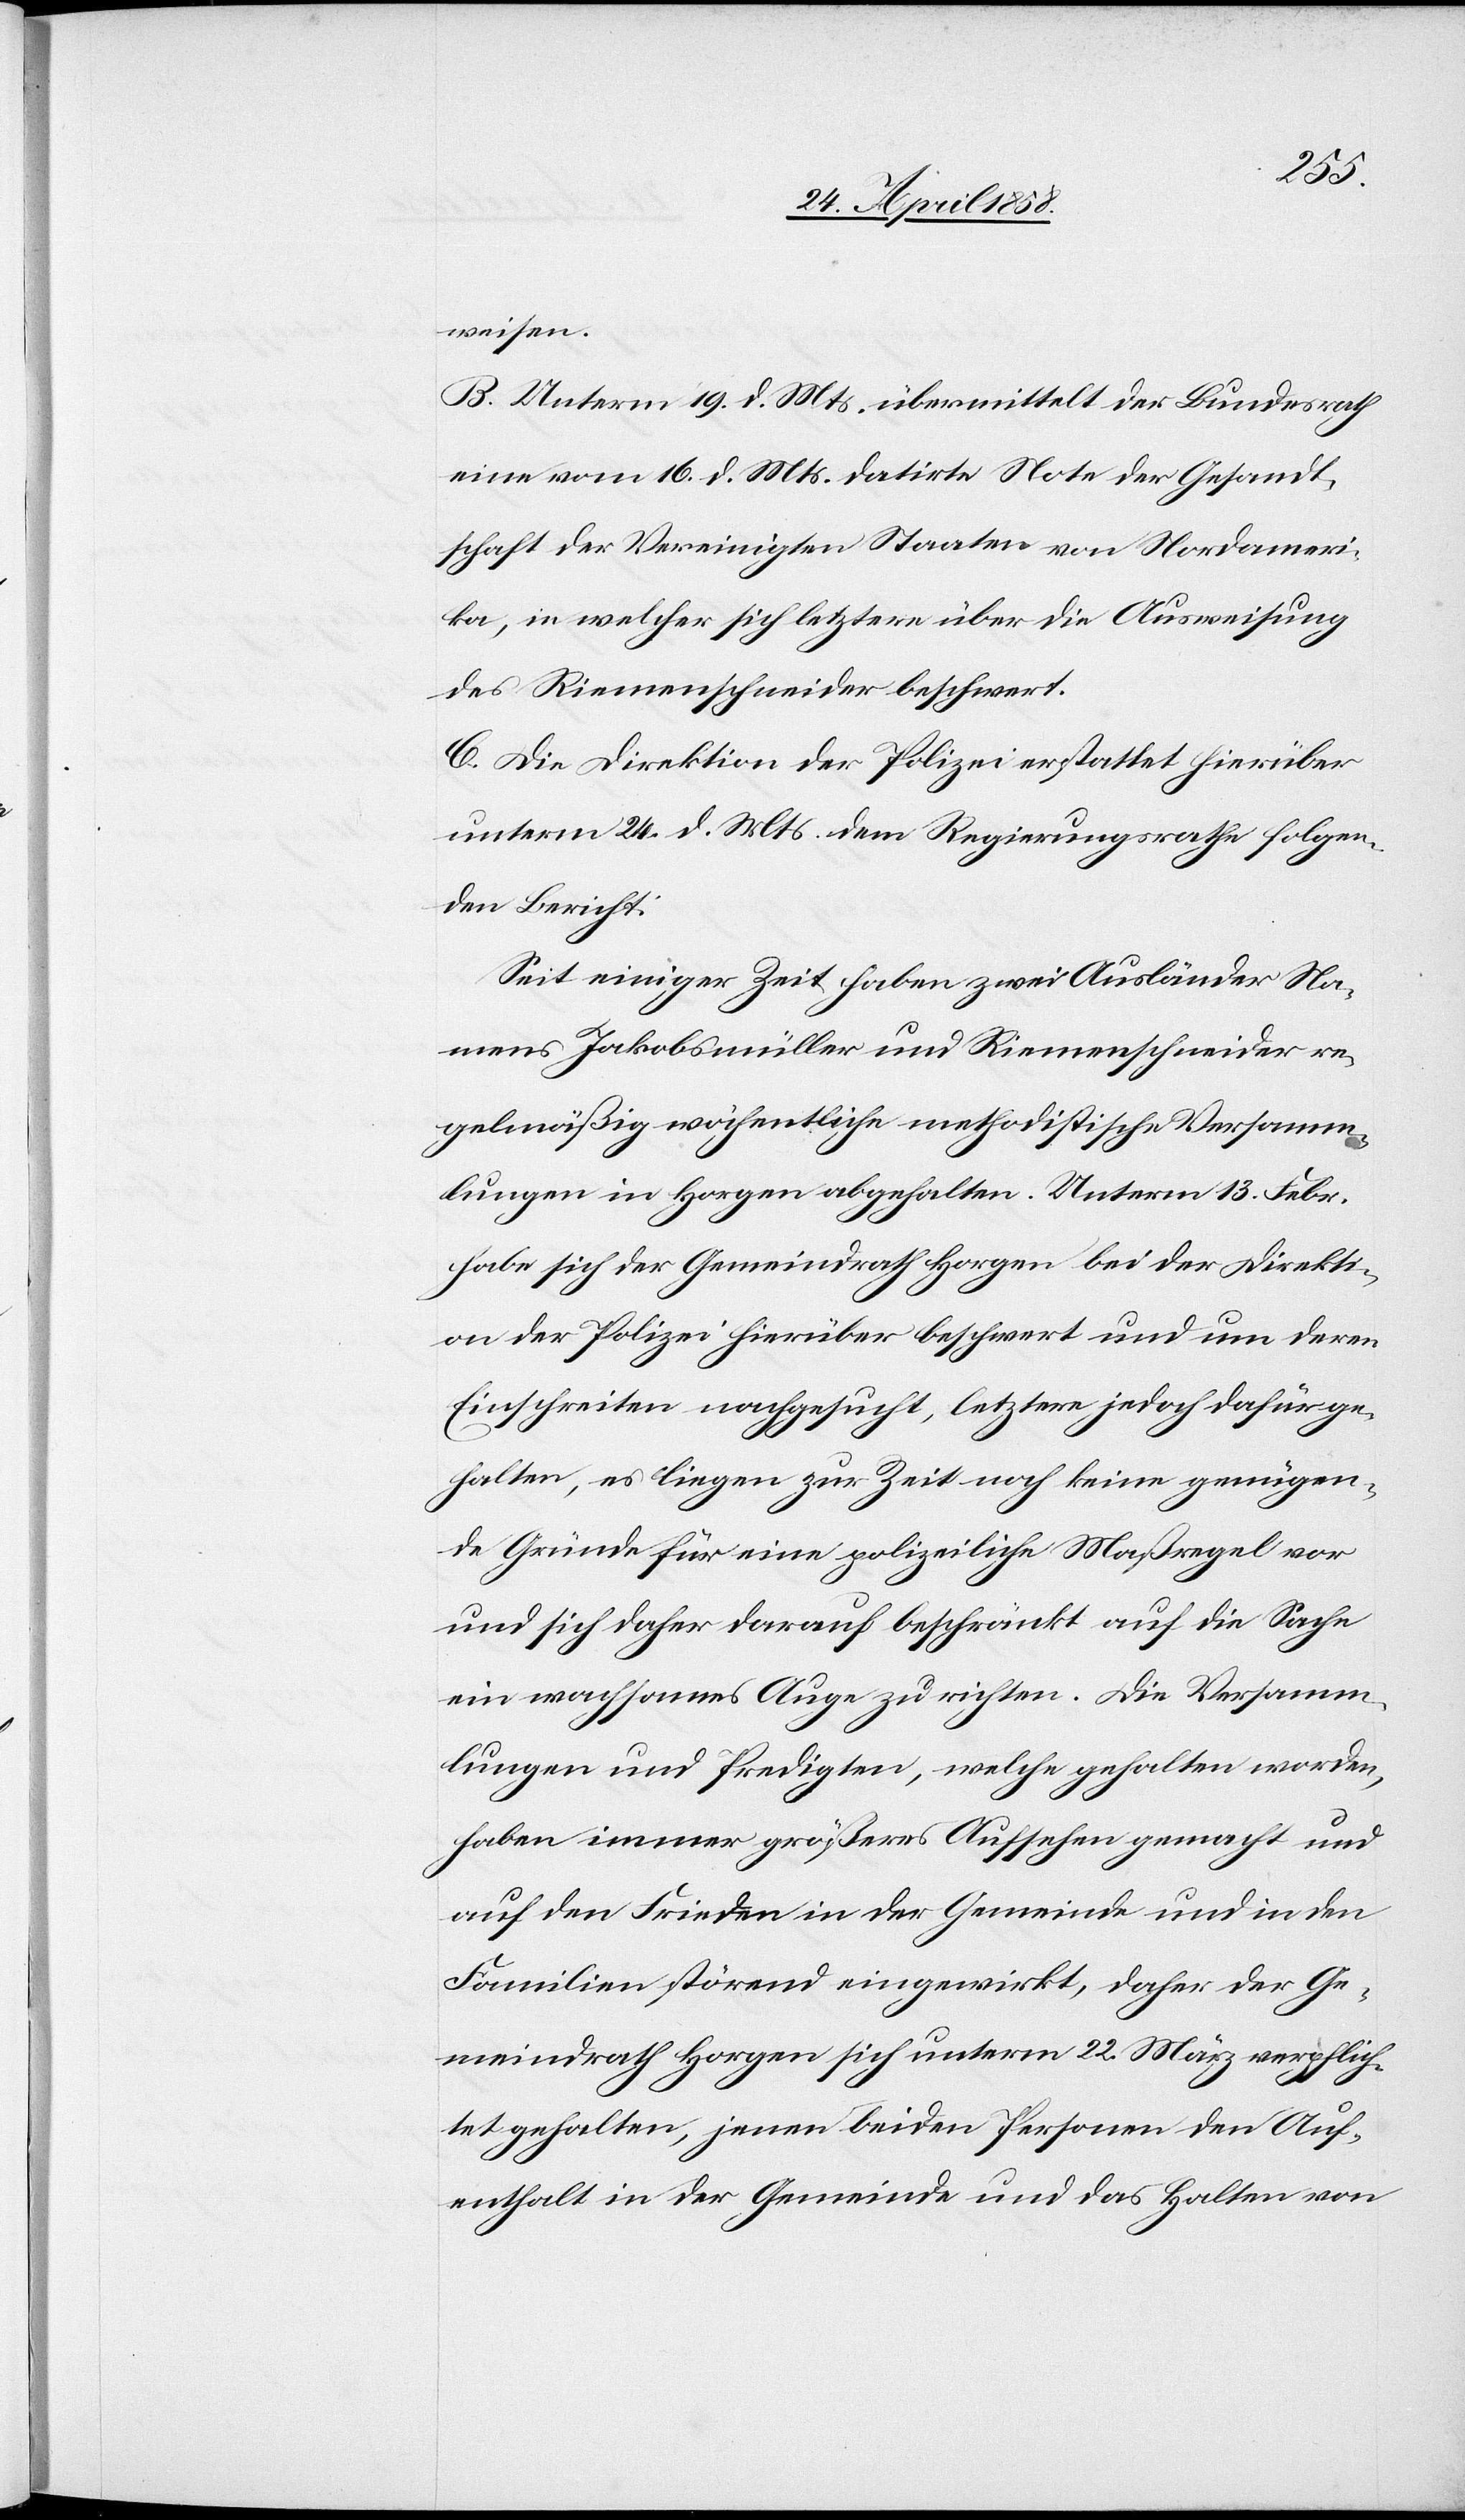
weisen.
B. Unterm 19. d. Mts. übermittelt der Bundesrath
eine vom 16. d. Mts. datirte Note der Gesandt¬
schaft der Vereinigten Staaten von Nordameri¬
ka, in welcher sich letztere über die Ausweisung
des Riemenschneider beschwert.
C. Die Direktion der Polizei erstattet hierüber
unterm 24. d. Mts. dem Regierungsrathe folgen¬
den Bericht:
Seit einiger Zeit haben zwei Ausländer Na¬
mens Jakobsmüller und Riemenschneider re¬
gelmäßig wöchentliche methodistische Versamm¬
lungen in Horgen abgehalten. Unterm 13. Febr.
habe sich der Gemeindrath Horgen bei der Direkti¬
on der Polizei hierüber beschwert und um deren
Einschreiten nachgesucht, letztere [habe] jedoch dafür ge¬
halten, es liegen zur Zeit noch keine genügen¬
de Gründe für eine polizeiliche Maßregel vor
und sich daher darauf beschränkt auf die Sache
ein wachsames Auge zu richten. Die Versamm¬
lungen und Predigten, welche gehalten worden,
haben immer größeres Aufsehen gemacht und
auf den Frieden in der Gemeinde und in den
Familien störend eingewirkt, daher der Ge¬
meindrath Horgen sich unterm 22. März verpflich¬
tet gehalten, jenen beiden Personen den Auf¬
enthalt in der Gemeinde und das Halten von